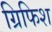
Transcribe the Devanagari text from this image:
ग्रिफिश